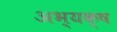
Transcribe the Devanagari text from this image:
अभ्यक्ष